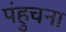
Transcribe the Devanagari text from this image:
पंहुचना